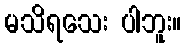
မသိရသေး ပါဘူး။